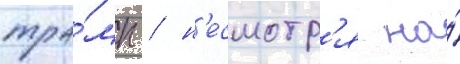
тра́мп / н'есмотр'я на́